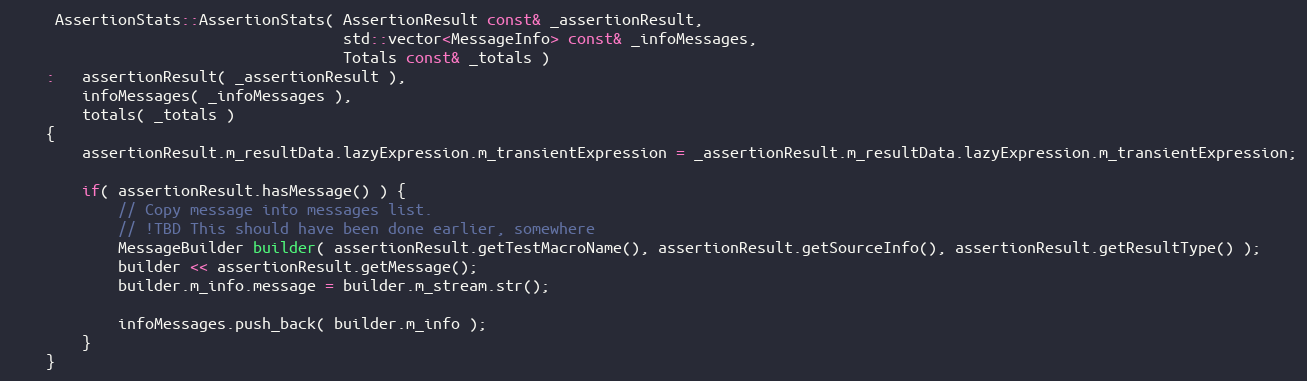
Language: C++
     AssertionStats::AssertionStats( AssertionResult const& _assertionResult,
                                     std::vector<MessageInfo> const& _infoMessages,
                                     Totals const& _totals )
    :   assertionResult( _assertionResult ),
        infoMessages( _infoMessages ),
        totals( _totals )
    {
        assertionResult.m_resultData.lazyExpression.m_transientExpression = _assertionResult.m_resultData.lazyExpression.m_transientExpression;

        if( assertionResult.hasMessage() ) {
            // Copy message into messages list.
            // !TBD This should have been done earlier, somewhere
            MessageBuilder builder( assertionResult.getTestMacroName(), assertionResult.getSourceInfo(), assertionResult.getResultType() );
            builder << assertionResult.getMessage();
            builder.m_info.message = builder.m_stream.str();

            infoMessages.push_back( builder.m_info );
        }
    }